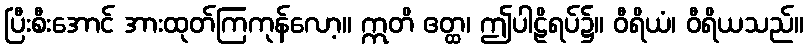
ပြီးစီးအောင် အားထုတ်ကြကုန်လော့။ ဣတိ ဧတ္ထ၊ ဤပါဠိရပ်၌။ ဝီရိယံ၊ ဝီရိယသည်။